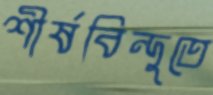
শীর্ষবিন্দুতে